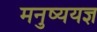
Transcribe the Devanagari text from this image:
मनुष्ययज्ञ